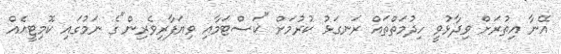
އޭނާ އިތުރަށް ވިދާޅުވީ ހިދުމަތްތައް ރަނގަޅު ކުރުމަށް "ކަސްޓަމާއި ވިޔަފާރިވެރިން"ގެ ނަމުގައި ކޮމިޓީއެއް